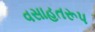
વસાહતરૂપ